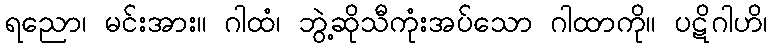
ရညော၊ မင်းအား။ ဂါထံ၊ ဘွဲ့ဆိုသီကုံးအပ်သော ဂါထာကို။ ပဋိဂါဟိ၊